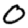
Digit: 0